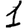
Digit: 1